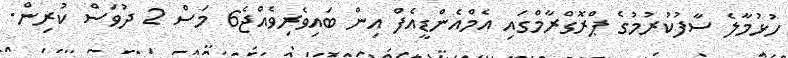
ހުޅުމާލެ ސާފުކުރުމުގެ ޕްރޮގްރާމްގައި އެމްއެންޑީއެފް އިން ބައިވެރިވެއްޖެ6 މަސް 2 ދުވަސް ކުރިން.